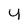
Character: 4